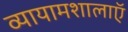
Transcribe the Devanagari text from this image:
व्यायामशालाऍ